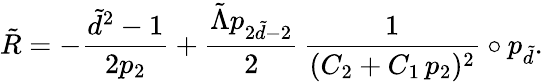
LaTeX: \tilde{R}=-\frac{\tilde{d}^{2}-1}{2p_{2}}+\frac{\tilde{\Lambda}p_{2\tilde{d}-2}}{2}\, \frac{1}{(C_{2}+C_{1}\, p_{2})^{2}}\circ p_{\tilde{d}}.